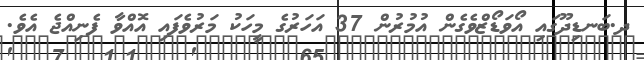
ދ.ބަނޑިދޫގައި އޯވަޑޯޒްވެގެން އުމުރުން 37 އަހަރުގެ މީހަކު މަރުވެފައި އޮއްވާ ފެނިއްޖެ އެވެ.